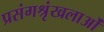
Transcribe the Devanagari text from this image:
प्रसंगश्रृंखलाओं